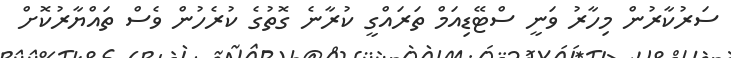
ސަރުކާރުން މިހާރު ވަނީ ސްޓޭޑިއަމް ތަރައްގީ ކުރާނެ ގޮތުގެ ކުރެހުން ވެސް ތައްޔާރުކޮށް